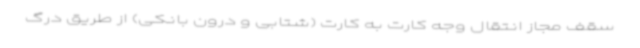
سقف مجاز انتقال وجه کارت به کارت (شتابی و درون بانکی) از طریق درگ